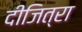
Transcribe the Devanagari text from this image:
दीजित्रा